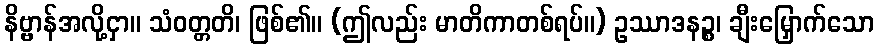
နိဗ္ဗာန်အလို့ငှာ။ သံဝတ္တတိ၊ ဖြစ်၏။ (ဤလည်း မာတိကာတစ်ရပ်။) ဥဿာဒနဉ္စ၊ ချီးမြှောက်သော